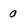
Character: o